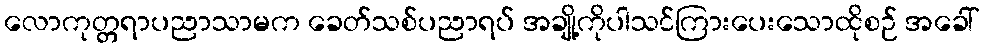
လောကုတ္တရာပညာသာမက ခေတ်သစ်ပညာရပ် အချို့ကိုပါသင်ကြားပေးသောထိုစဉ် အခေါ်